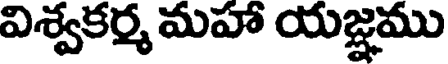
విశ్వకర్మ మహా యజ్ఞము